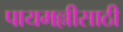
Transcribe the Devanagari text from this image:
पायमल्लीसाठी